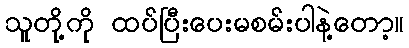
သူတို့ကို ထပ်ပြီးပေးမစမ်းပါနဲ့တော့။